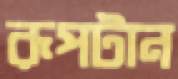
রূপটান